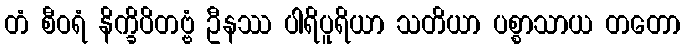
တံ စီဝရံ နိက္ခိပိတဗ္ဗံ ဦနဿ ပါရိပူရိယာ သတိယာ ပစ္စာသာယ တတော